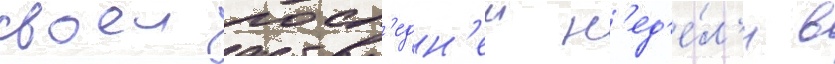
своеи посл'едн'еи н'ед'е́л'и в